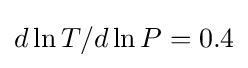
d\ln T/d\ln P=0.4